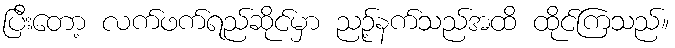
ပြီးတော့ လက်ဖက်ရည်ဆိုင်မှာ ညဉ့်နက်သည်အထိ ထိုင်ကြသည်။